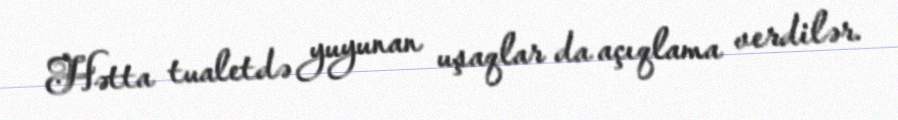
Hətta tualetdə yuyunan uşaqlar da açıqlama verdilər.